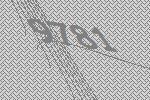
9781